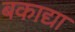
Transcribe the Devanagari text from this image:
बकाद्या